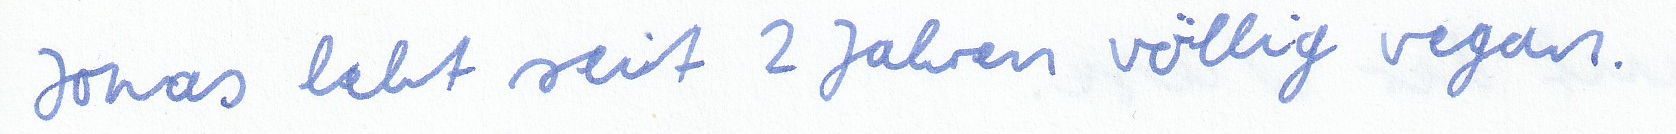
Jonas lebt seit 2 Jahren völlig vegan.